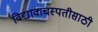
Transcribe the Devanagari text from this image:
विद्यावाचस्पतीसाठी